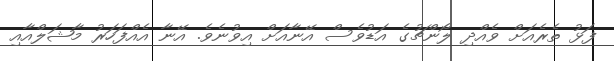
ފަޅު ތެރެއަށް ވެއްދި ލޯންޗުގެ އަޑުވެސް އޭނާއަށް އިވުނެވެ. އޭނާ އެއްފަހަރު މާޝަލްއާއި